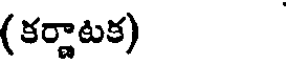
(కర్ణాటక)